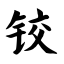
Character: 铰